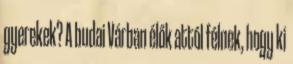
gyerekek? A budai Várban élők attól félnek, hogy ki